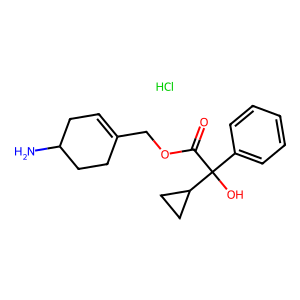
SMILES: Cl.NC1CC=C(COC(=O)C(O)(c2ccccc2)C2CC2)CC1
Inhibits HIV replication: No